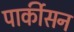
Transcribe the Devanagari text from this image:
पार्कीसन